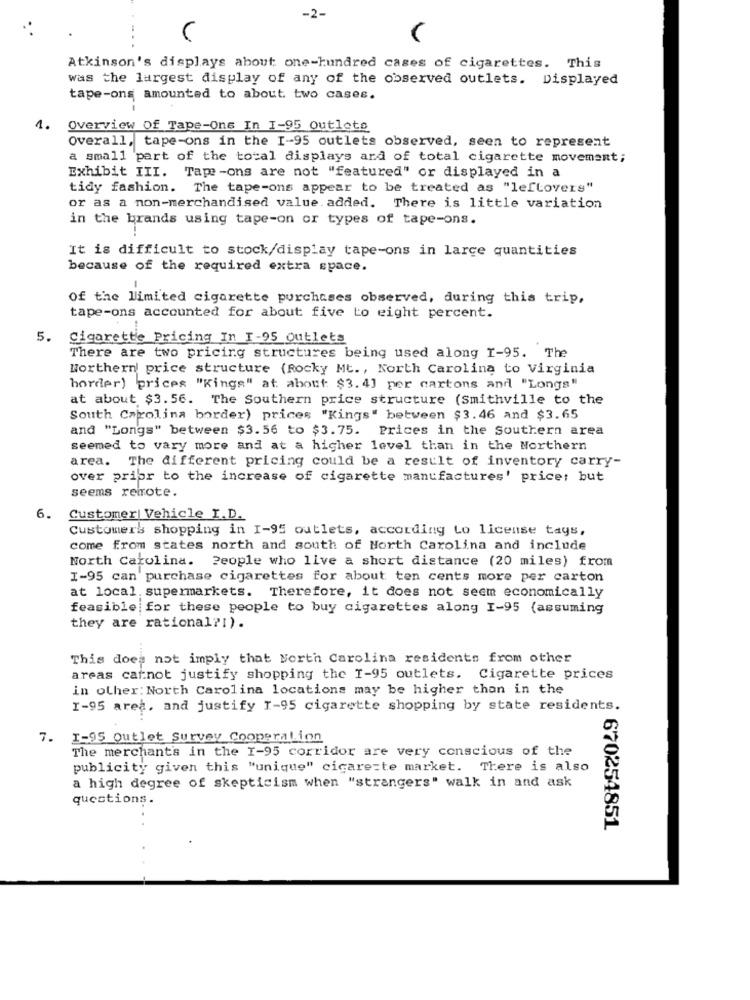
-2-
...
Atkinson's displays about one-hundred cases of cigarettes. This
was the largest display of any of the observed outlets. Displayed
tape-ons amounted to about two cases.
1.
Overview Of Tape-Ons In I-95 Outlets
Overall, tape-ons in the I-95 outlets observed, seen to represent
a small part of the total displays ard of total cigarette movement;
Exhibit III. Tape -ons are not "featured" or displayed in a
tidy fashion. The tape-ons appear to be treated as "leftovers"
or as a non-merchandised value added. There is little variation
in the brands using tape-on or types of tape-ons.
It is difficult to stock/display tape-ons in large quantities
because of the required extra space.
-
Of the limited cigarette purchases observed, during this trip,
tape-ons accounted for about five to eight percent.
5. Cigarette Pricing In I-95 Outlets
There are two pricing structures being used along 1-95. The
Northern price structure (Rocky Mt ., North Carolina to Virginia
horder) prices "Kings" at about: $3.4] per cartons and "Longs"
at about $3. 56. The Southern price structure (Smithville to the
South Carolina border) prices "Kings" between $3.46 and $3.65
and "Longs" between $3.56 to $3.75. Prices in the Southern area
seemed to vary more and at a higher level than in the Northern
area. The different pricing could be a result of inventory carry-
over prior to the increase of cigarette manufactures' price: but
seems reirote.
6.
Customer| Vehicle I.D.
Customers shopping in I-95 outlets, according to license tays,
come from states north and south of North Carolina and include
North Carolina. People who live a short distance (20 miles) from
I-95 can purchase cigarettes for about ten cents more per carton
at local supermarkets. Therefore, it does not seem economically
feasible for these people to buy cigarettes along I-95 (assuming
they are rational ?! ).
This does not imply that North Carolina residents from other
areas catnot justify shopping the I-95 outlets. Cigarette prices
in other: North Carolina locations may be higher than in the
1-95 area, and justify 1-95 cigarette shopping by state residents.
7. I-95 outlet Survey Cooperation
The merchant's in the I-95 corridor are very conscious of the
publicity given this "unique" cicarezte market. There is also
a high degree of skepticism when "strangers" walk in and ask
questions.
670254851